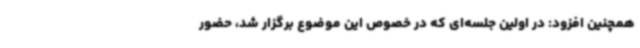
همچنین افزود: در اولین جلسه‌ای که در خصوص این موضوع برگزار شد، حضور